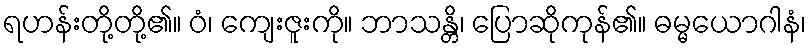
ရဟန်းတို့တို့၏။ ဝံ၊ ကျေးဇူးကို။ ဘာသန္တိ၊ ပြောဆိုကုန်၏။ ဓမ္မယောဂါနံ၊